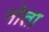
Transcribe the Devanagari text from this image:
नोता